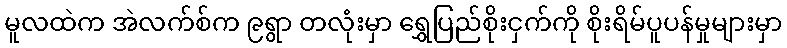
မူလထဲက အဲလက်စ်က ၉ရွာ တလုံးမှာ ရွှေပြည်စိုးငှက်ကို စိုးရိမ်ပူပန်မှုများမှာ